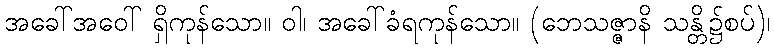
အခေါ်အဝေါ် ရှိကုန်သော။ ဝါ၊ အခေါ်ခံရကုန်သော။ (ဘေသဇ္ဇာနိ သန္တိ၌စပ်)၊